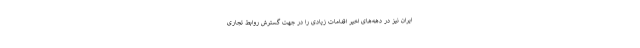
ایران نیز در دهه‌های اخیر اقدامات زیادی را در جهت گسترش روابط تجاری